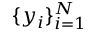
\{ y _ { i } \} _ { i = 1 } ^ { N }